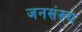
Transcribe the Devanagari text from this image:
जनसंख्य